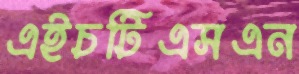
এইচটিএসএন